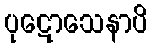
ပုဋောသေနာပိ